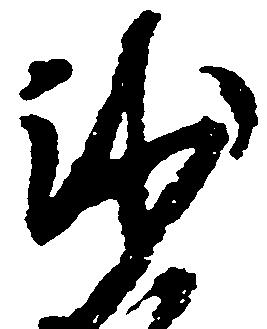
沙